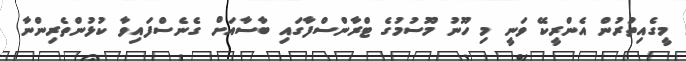
މީގެއިތުރުން އެންރީކޭ ވަނީ މި ހޫނު މޫސުމުގެ ޓްރާންސްފާގައި ބާސާއަށް ގެނެސްފައިވާ ކުޅުންތެރިންނާ